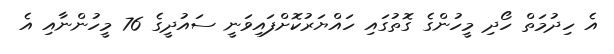
އެ ހިދުމަތް ހޯދި މީހުންގެ ގޮތުގައި ހައްޔަރުކޮށްފައިވަނީ ސައުދީގެ 76 މީހުންނާއި އެ